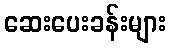
ဆေးပေးခန်းများ